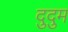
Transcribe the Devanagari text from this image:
दुदुम